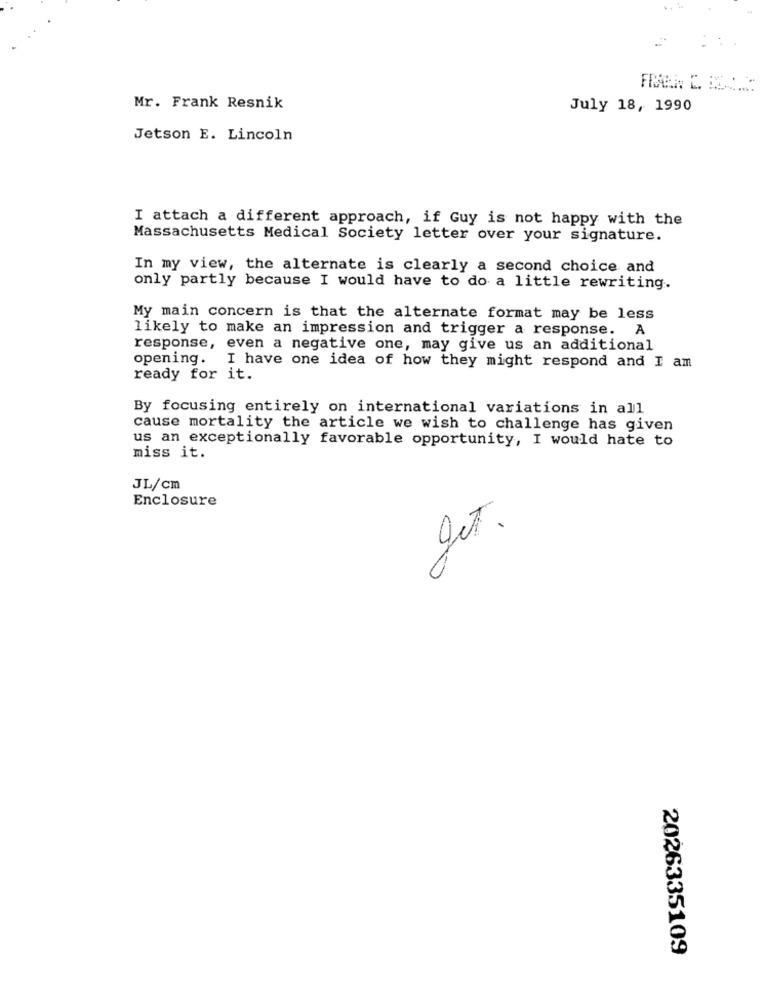
Mr. Frank Resnik
July 18, 1990
Jetson E. Lincoln
I attach a different approach, if Guy is not happy with the
Massachusetts Medical Society letter over your signature.
In my view, the alternate is clearly a second choice and
only partly because I would have to do a little rewriting.
My main concern is that the alternate format may be less
likely to make an impression and trigger a response. A
response, even a negative one, may give us an additional
opening. I have one idea of how they might respond and I am
ready for it.
By focusing entirely on international variations in all
cause mortality the article we wish to challenge has given
us an exceptionally favorable opportunity, I would hate to
miss it.
JL/cm
Enclosure
get.
2026335109